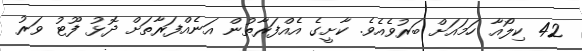
42 ކިލޯއާ ހަމައަށް ބަރުވެއެވެ. ކާށީގެ އެއްފަރާތުން އަނެއްފަރާތަށް ދޮޅު ފޫޓު ވަރު